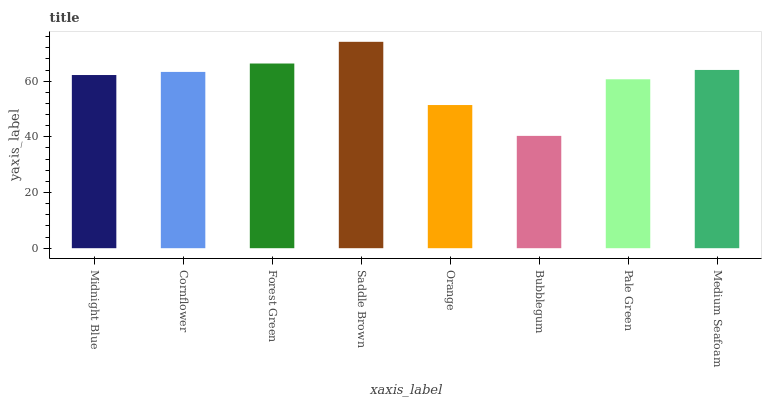
| xaxis_label | bars |
 | --- | --- |
 | Midnight Blue | 62.2 |
 | Cornflower | 63.3 |
 | Forest Green | 66.3 |
 | Saddle Brown | 74.1 |
 | Orange | 51.4 |
 | Bubblegum | 40.3 |
 | Pale Green | 60.7 |
 | Medium Seafoam | 64 |